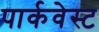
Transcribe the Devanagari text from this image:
पार्कवेस्ट